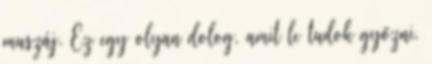
muszáj. Ez egy olyan dolog, amit le tudok győzni.